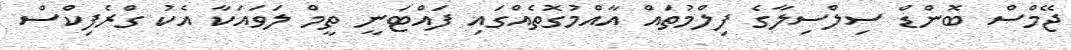
ޖޭމްސް ބޮންޑް ސިލްސިލާގެ ފިލްމުތައް އާއްމުގޮތެއްގައި ފައްޓަނީ ތީމް ލަވައަކާ އެކު ގްރެފިކްސް